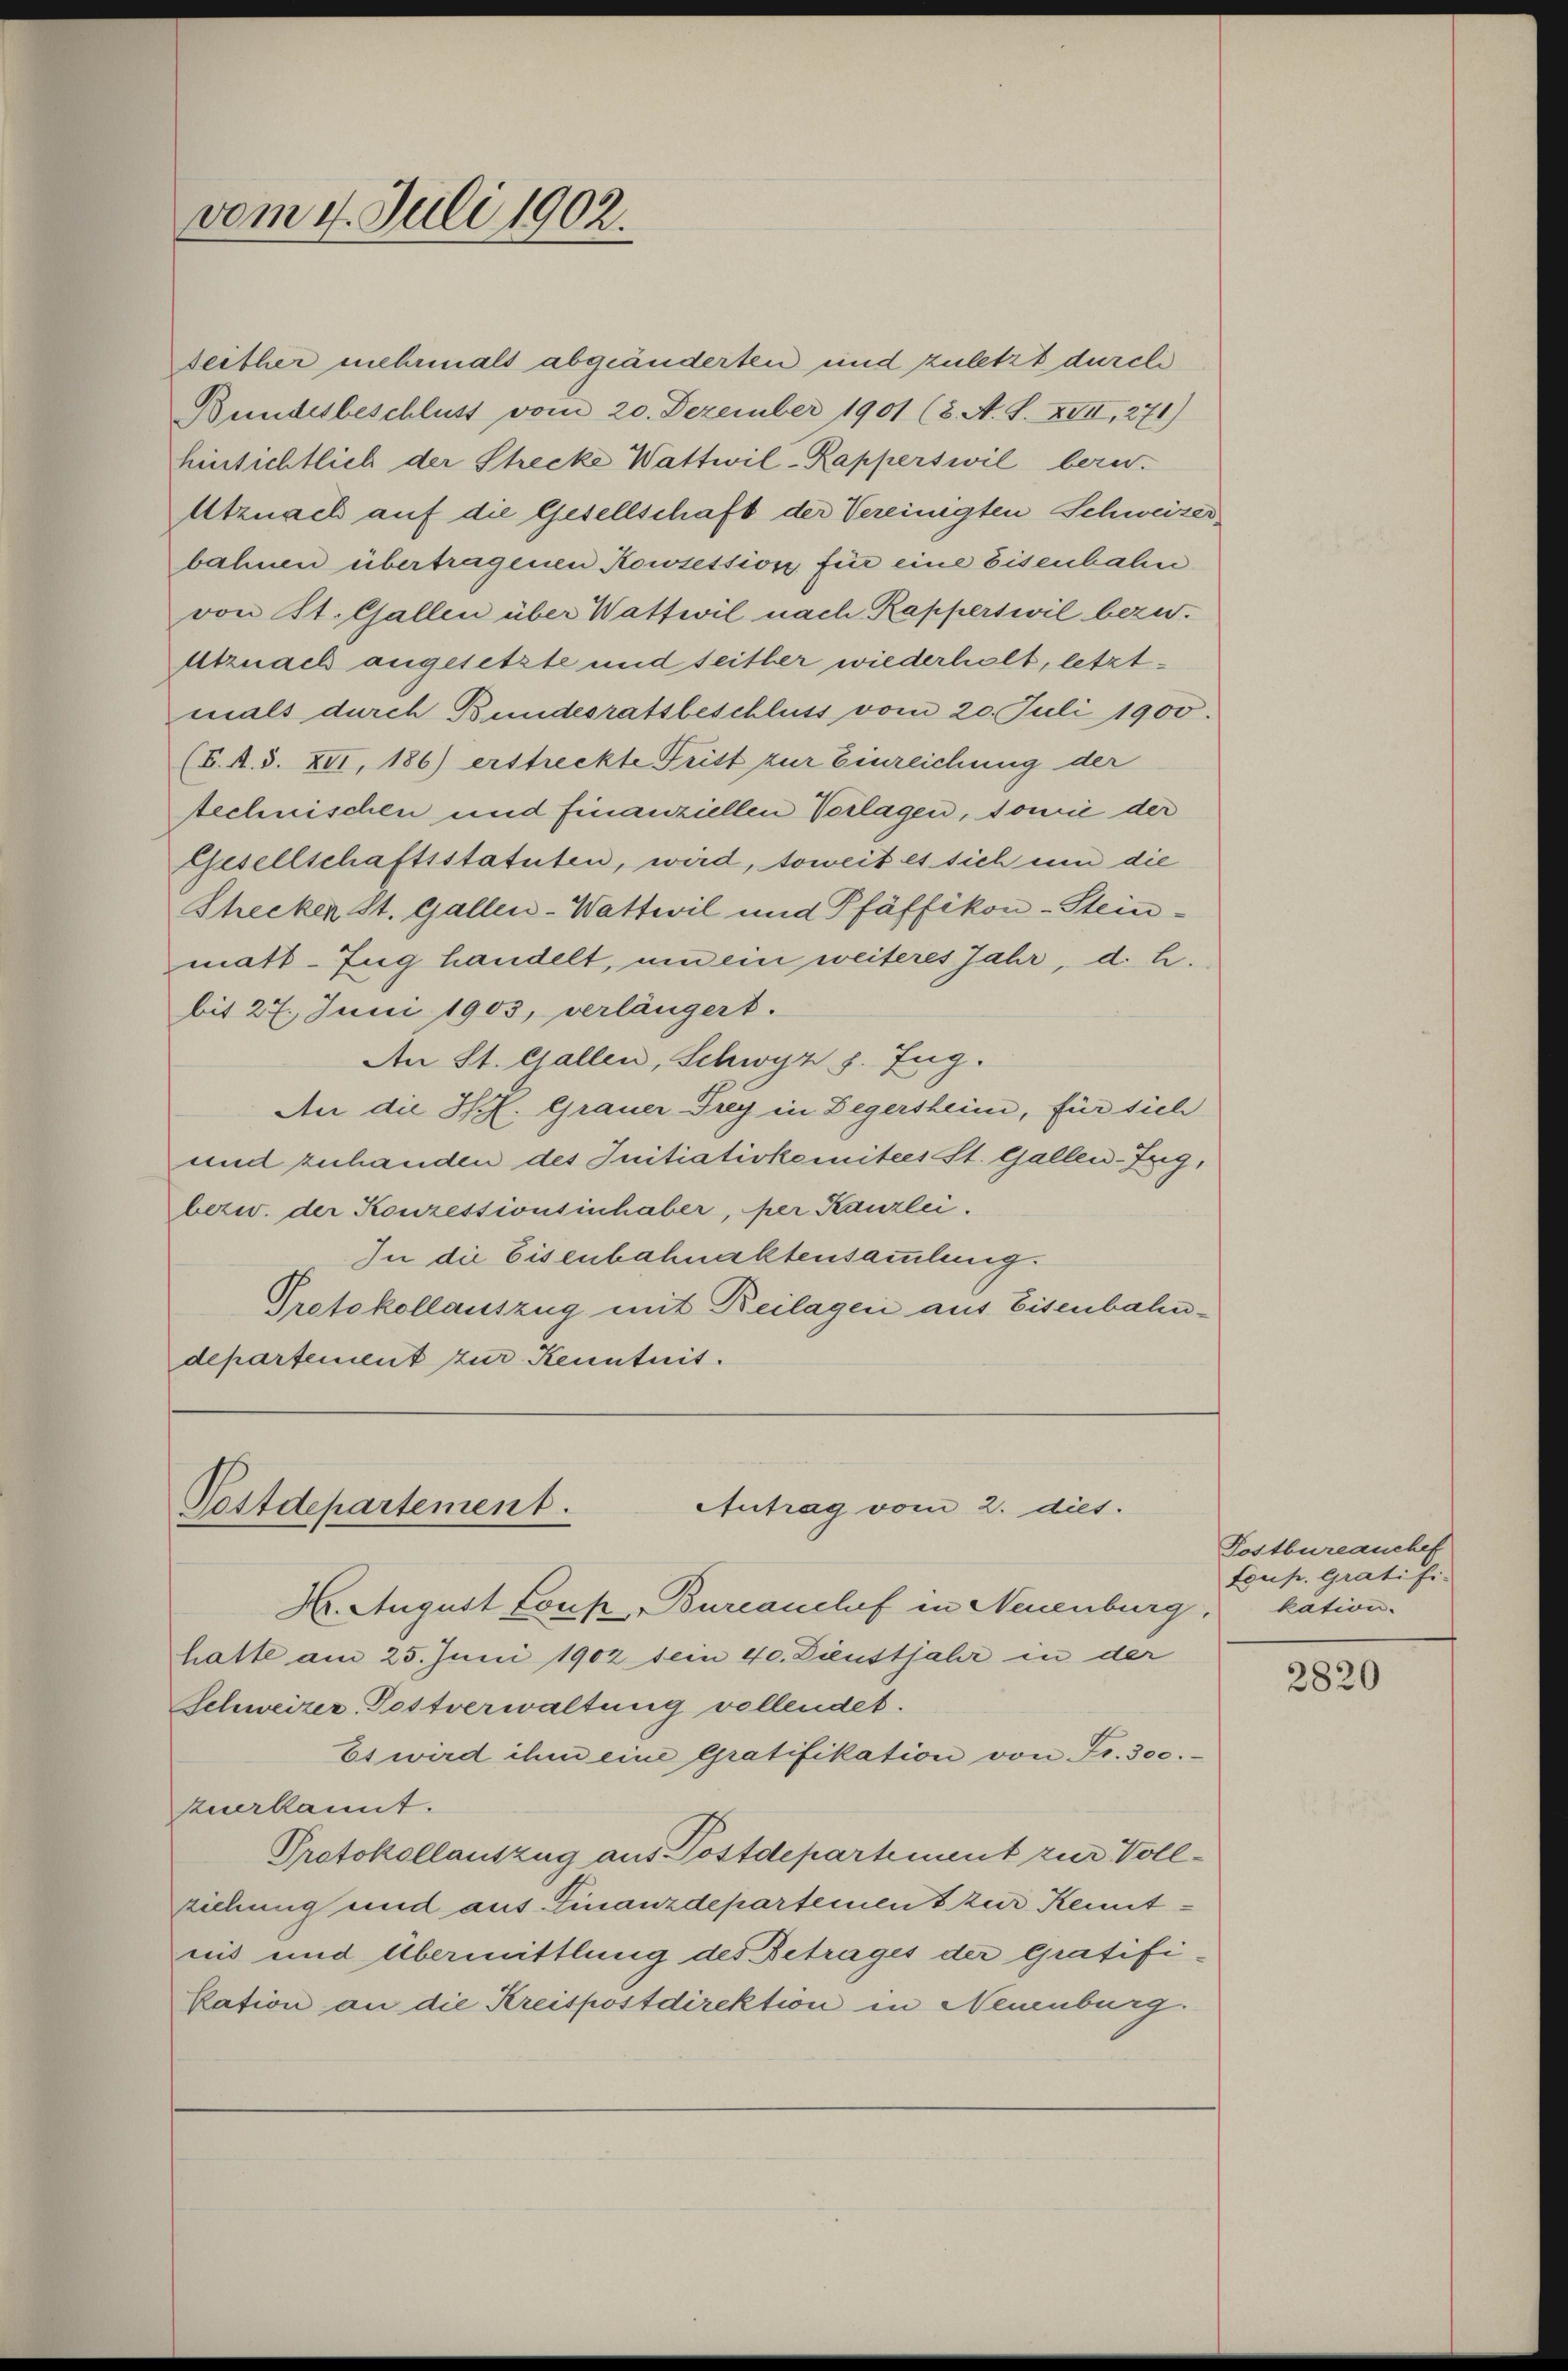
vom 4. Juli 1902.

Rechnischen und finanziellen Vorlagen, sowie der
Gesellschaftsstatuten, wird, soweit es sich um die
Shecken St. Gallen-Wattwil und Pfäffikon-Steinmatt-Zug handelt, um ein weiteres Jahr, d. h.
bit 27. Juni 1903, verlängert.
An St. Gallen, Schwyz h. Eng.
An die St. Grauer Frey in Begersheim, für sich
und zuhanden des Initiativkomitees St. Gallen-Zug,
bezw. der Konzessionsinhaber, per Kanzlei.
In die Eisenbahnaktensammlung.
Protokollauszug mit Beilagen aus Eisenbahndepartement zur Kenntnis.

Antrag vom 2. dies.
Postdepartement.

Reither mehrmals abgeänderten und zuletzt durch
Bundesbeschluss vom 20. Dezember 1901 (8. A. S. XVII, 271)
hinsichtlich der Strecke Wattwil-Kapperswil beru¬
Utznach auf die Gesellschaft der Vereinigten Schweizer
bahnen übertragenen Kowsession für eine Eisenbahn
von St. Gallen über Wattwil nach Rapperswil bezw.
Utznach angesetzte und seither wiederholt, letztmals durch Bundesratsbeschluss vom 20. Juli 1900.
(E. A. S. XII, 186) erstreckte Frist zur Einreichung der

H. August Louk, Burcanchef in Neuenburg,
hatte am 25. Juni 1902 sein 40. Dienstjahr in der
Schweizer-Postverwaltung vollendet.
Es wird ihm eine Gratifikation von Fr. 300.
zuerkannt.
Protokollauszug aus Postdepartement zur Vollziehung und aus Finanzdepartemen zur Kenntnis und Übermittlung des Betrages der Gratifi-
kation an die Kreispostdirektion in Neuenburg.

Postbureauchet
toup. Gratifi-
kation.

2820